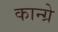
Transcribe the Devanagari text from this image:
कान्ग्रे